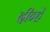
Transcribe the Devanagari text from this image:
दीन्‍हें